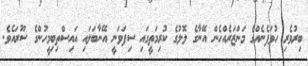
ބިރުވެރި ހުވަފެނެއްގެ މަންޒަރެއްހެން އޭނާގެ ލޮލުގެ ކުރިމަތީގައި ސިފަވަނީ އޭނާބަލައި އައިސްތިބިމީހުންގެ ސޫރައެވެ.